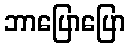
ဘာပြောပြော